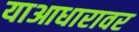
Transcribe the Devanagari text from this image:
याआधारावर